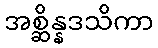
အစ္ဆိန္နဒသိကာ